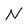
Character: N